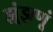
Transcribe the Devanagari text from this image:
झूंझणूं